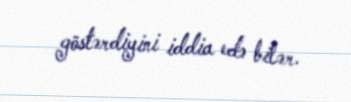
göstərdiyini iddia edə bilər.